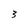
Character: 3